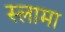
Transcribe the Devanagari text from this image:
स्लामा